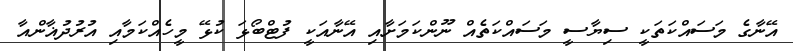
އޭނާގެ މަސައްކަތަކީ ސިޔާސީ މަސައްކަތެއް ނޫންކަމަށާއި އޭނާއަކީ ފުޓްބޯޅަ ކުޅޭ މީހެއްކަމާއި އުރުދުޣާންއާ